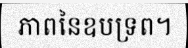
ភាពនៃឧបទ្រព។